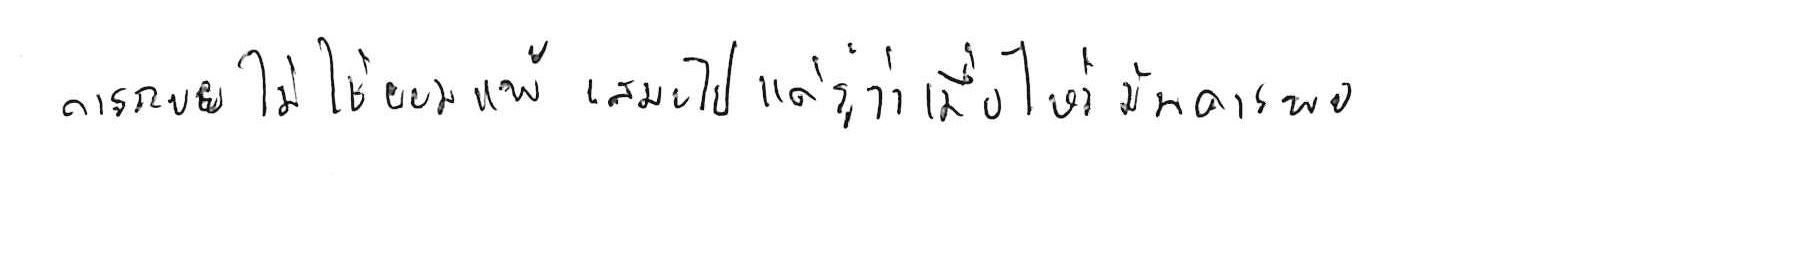
การถอย ไม่ใช่ยอมแพ้ เสมอไป แค่รู้ว่าเมื่อไหร่ มันควรพอ